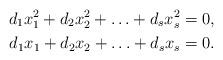
LaTeX: \begin{align*} d_1 x_1^2 + d_2x_2^2 + \ldots + d_s x_s^2 & = 0, \\d_1 x_1 + d_2x_2 + \ldots + d_s x_s & = 0.\end{align*}